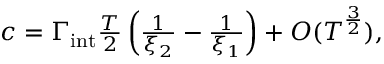
\begin{array} { r } { c = \Gamma _ { \mathrm { i n t } } \frac { T } { 2 } \left( \frac { 1 } { \xi _ { 2 } } - \frac { 1 } { \xi _ { 1 } } \right) + O ( T ^ { \frac { 3 } { 2 } } ) , } \end{array}